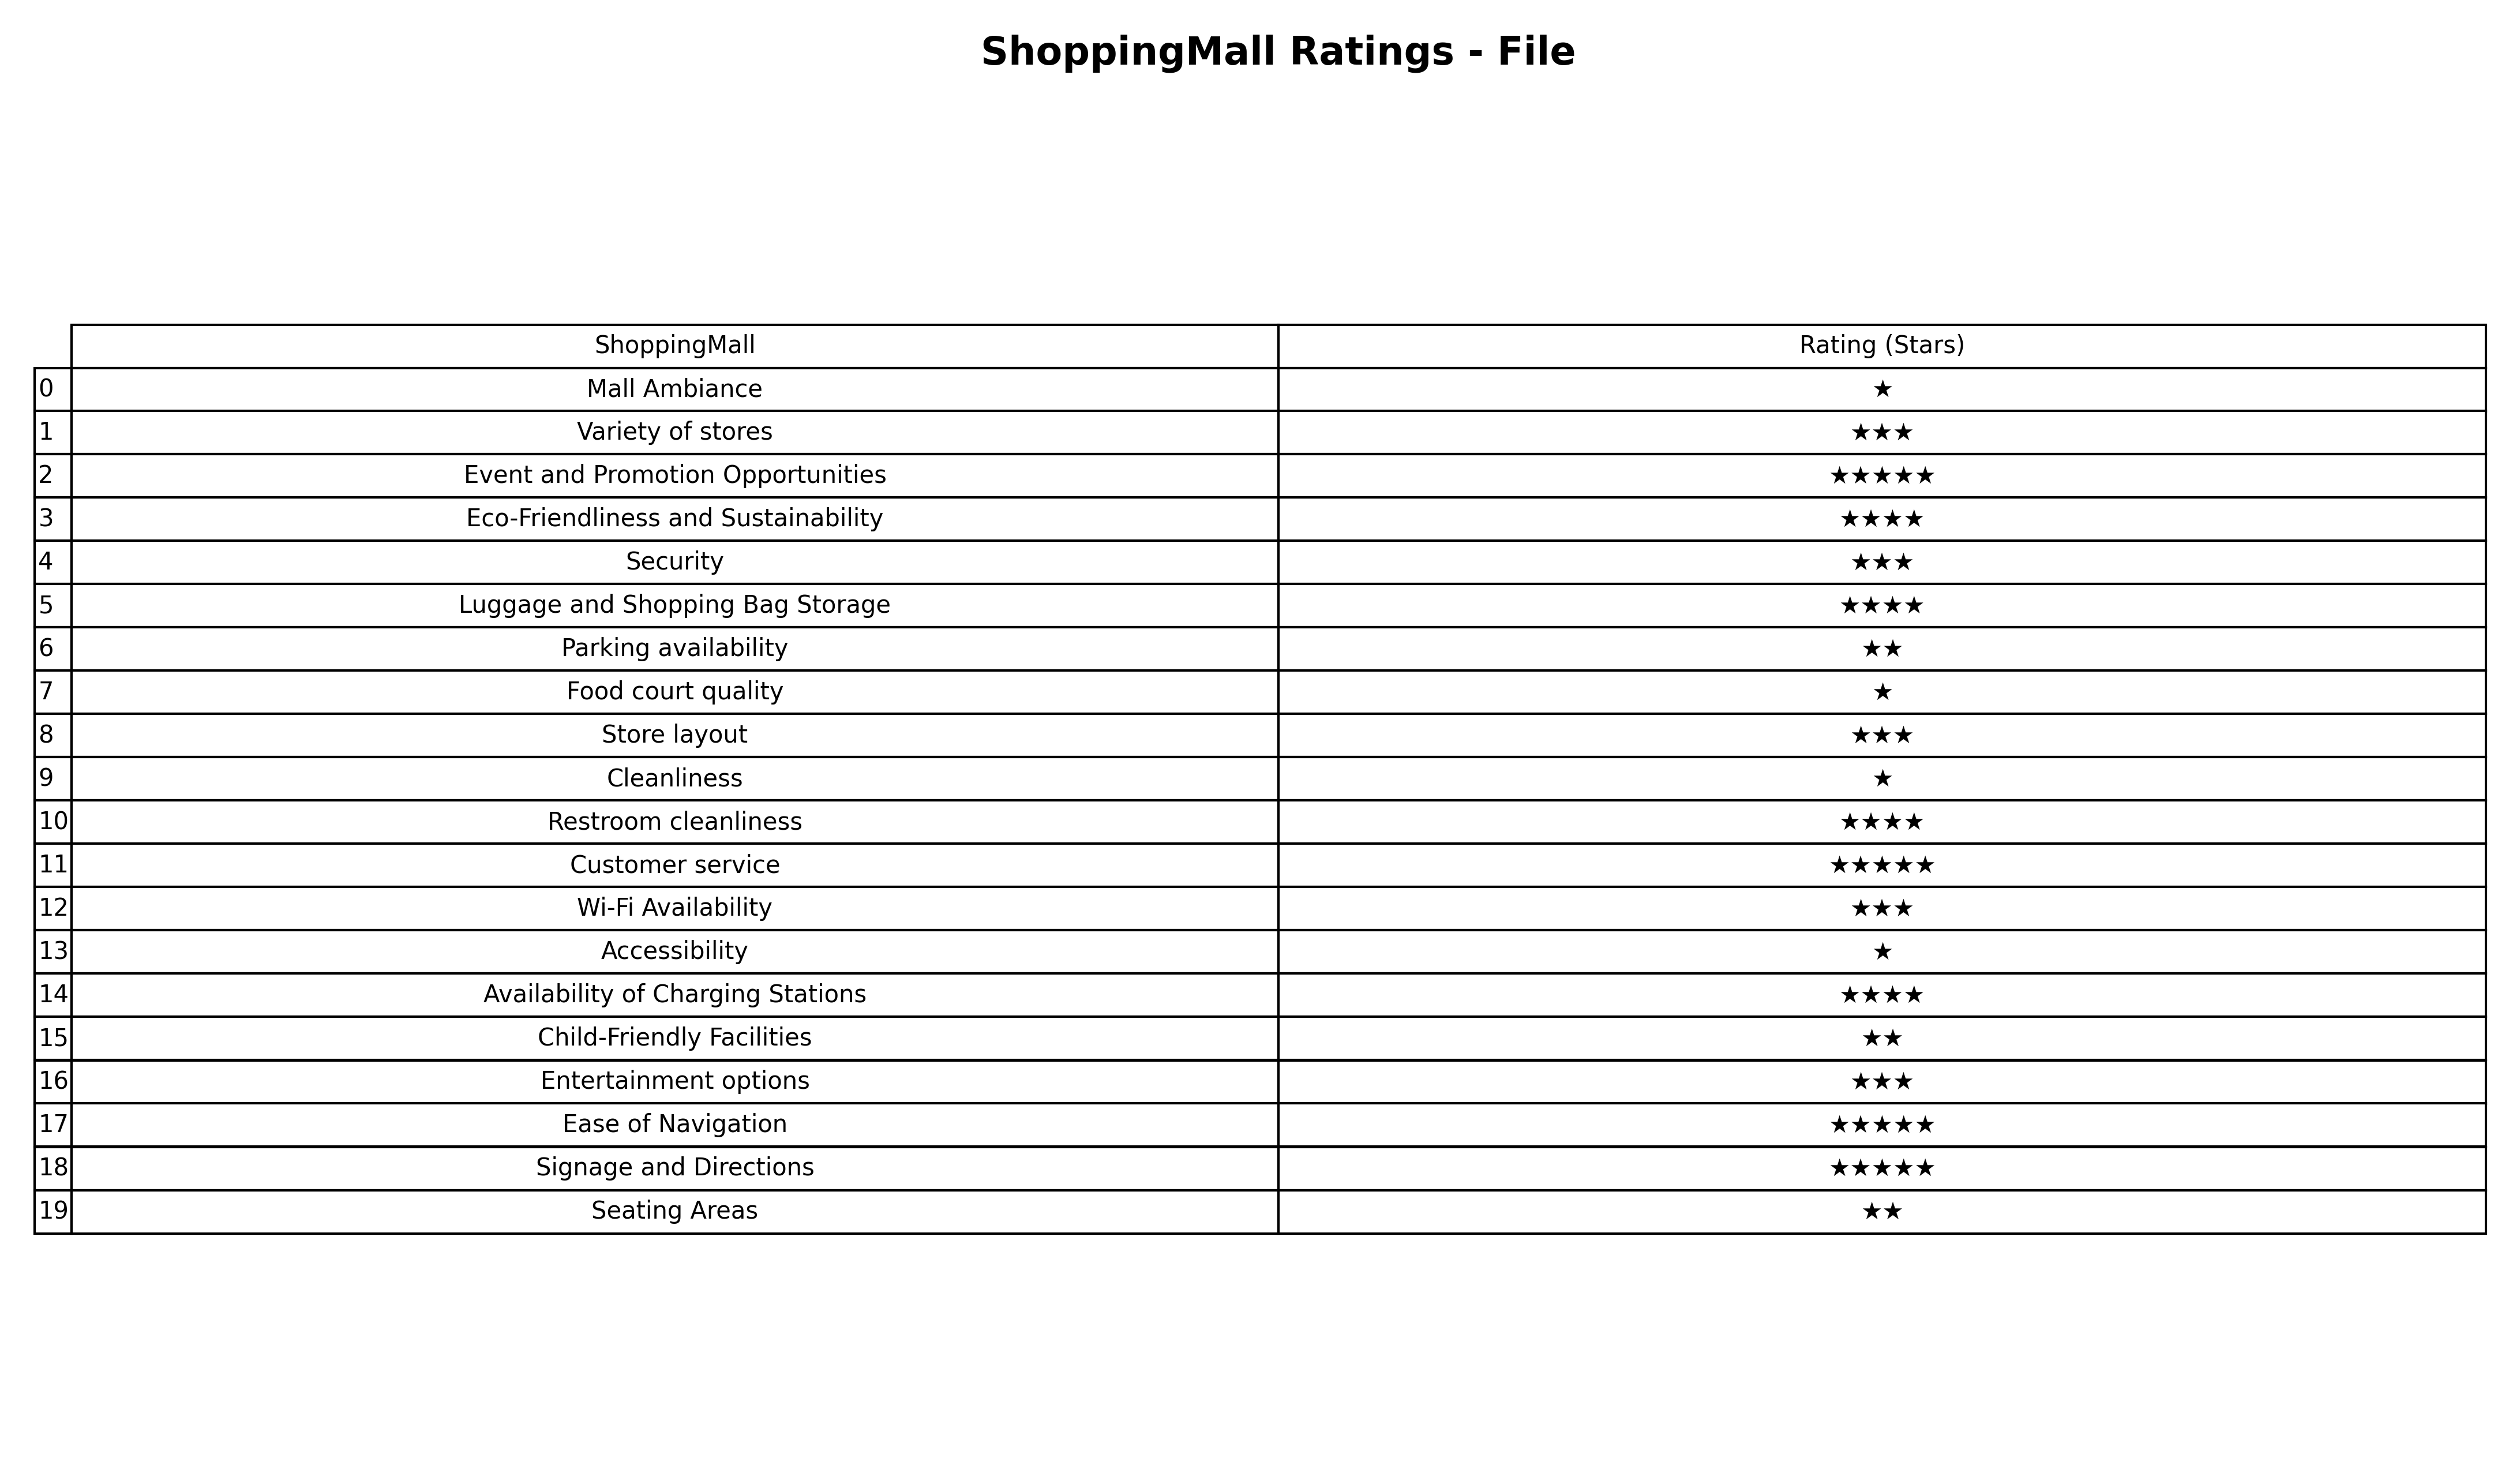
question: What is the rating of Event and Promotion Opportunities?
answer: ★★★★★